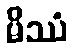
မိဿံ